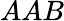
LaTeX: AAB